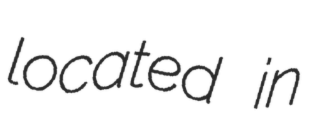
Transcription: located in